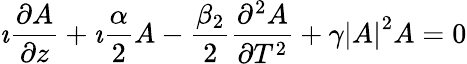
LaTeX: \imath\frac{\partial A}{\partial z}+\imath\frac{\alpha}{2}A-\frac{\beta_{2}}{2}\frac{\partial^{2}A}{\partial T^{2}}+\gamma\left|A\right|^{2}A=0